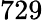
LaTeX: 729